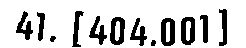
41. [404.001]